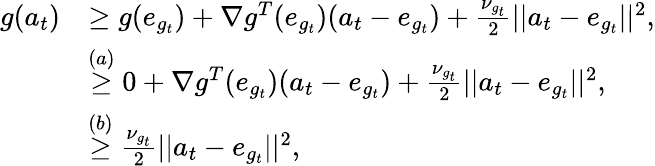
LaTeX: \begin{array}{rl}{g(a_{t})}&{\ge g(e_{g_{t}})+\nabla g^{T}(e_{g_{t}})(a_{t}-e_{g_{t}})+\frac{\nu_{g_{t}}}{2}||a_{t}-e_{g_{t}}||^{2},}\\ &{\stackrel{(a)}\ge 0+\nabla g^{T}(e_{g_{t}})(a_{t}-e_{g_{t}})+\frac{\nu_{g_{t}}}{2}||a_{t}-e_{g_{t}}||^{2},}\\ &{\stackrel{(b)}\ge\frac{\nu_{g_{t}}}{2}||a_{t}-e_{g_{t}}||^{2},}\end{array}